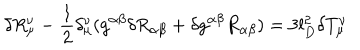
\delta R _ { \mu } ^ { \nu } - \frac { 1 } { 2 } \delta _ { \mu } ^ { \nu } ( g ^ { \alpha \beta } \delta R _ { \alpha \beta } + \delta g ^ { \alpha \beta } R _ { \alpha \beta } ) = 3 l _ { D } ^ { 2 } \delta T _ { \mu } ^ { \nu }